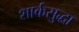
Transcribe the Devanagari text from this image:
शार्कसुद्धा